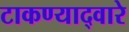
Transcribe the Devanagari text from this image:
टाकण्याद्वारे